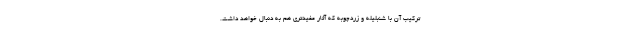
ترکیب آن با شنبلیله و زردچوبه که آثار مفیدتری هم به دنبال خواهد داشت.